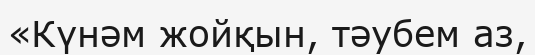
«Күнәм жойқын, тәубем аз,